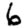
Digit: 6